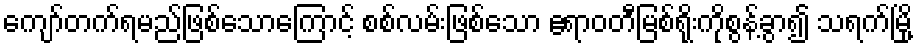
ကျော်တက်ရမည်ဖြစ်သောကြောင့် စစ်လမ်းဖြစ်သော ဧရာဝတီမြစ်ရိုးကိုစွန့်ခွာ၍ သရက်မြို့